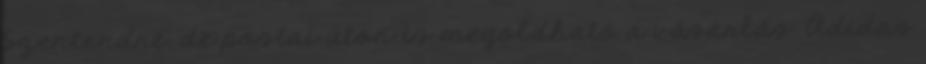
Szentendre, de postai úton is megoldható a vásárlás. Adidas